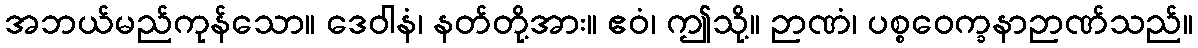
အဘယ်မည်ကုန်သော။ ဒေဝါနံ၊ နတ်တို့အား။ ဧဝံ၊ ဤသို့။ ဉာဏံ၊ ပစ္စဝေက္ခနာဉာဏ်သည်။